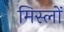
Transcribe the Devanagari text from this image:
मिस्लों